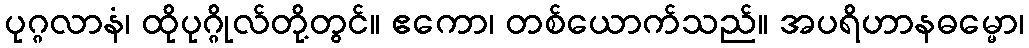
ပုဂ္ဂလာနံ၊ ထိုပုဂ္ဂိုလ်တို့တွင်။ ဧကော၊ တစ်ယောက်သည်။ အပရိဟာနဓမ္မော၊